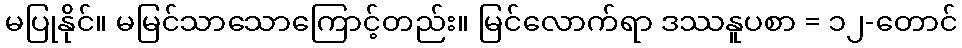
မပြုနိုင်။ မမြင်သာသောကြောင့်တည်း။ မြင်လောက်ရာ ဒဿနူပစာ = ၁၂-တောင်